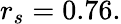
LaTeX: r_{s}=0.76.